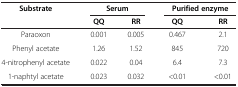
<table><thead><tr><td><b>Substrate</b></td><td colspan="2"><b>Serum</b></td><td colspan="2"><b>Purified enzyme</b></td></tr><tr><td><b> </b></td><td><b>QQ</b></td><td><b>RR</b></td><td><b>QQ</b></td><td><b>RR</b></td></tr></thead><tbody><tr><td>Paraoxon</td><td>0.001</td><td>0.005</td><td>0.467</td><td>2.1</td></tr><tr><td>Phenyl acetate</td><td>1.26</td><td>1.52</td><td>845</td><td>720</td></tr><tr><td>4-nitrophenyl acetate</td><td>0.022</td><td>0.04</td><td>6.4</td><td>7.3</td></tr><tr><td>1-naphtyl acetate</td><td>0.023</td><td>0.032</td><td>&lt;0.01</td><td>&lt;0.01</td></tr></tbody></table>